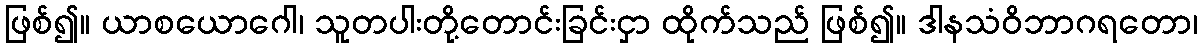
ဖြစ်၍။ ယာစယောဂေါ၊ သူတပါးတို့တောင်းခြင်းငှာ ထိုက်သည် ဖြစ်၍။ ဒါနသံဝိဘာဂရတော၊